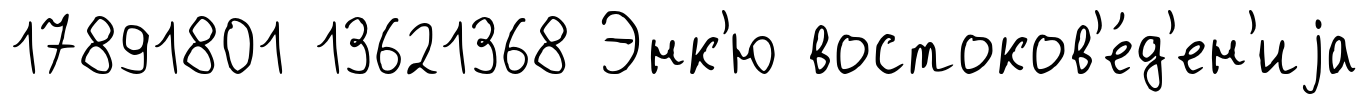
17891801 13621368 Энк'ю востоков'е́д'ен'иjа